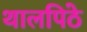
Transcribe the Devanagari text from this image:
थालपिठे